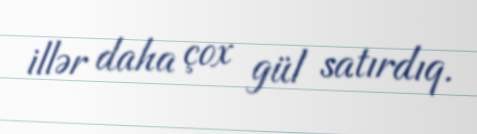
illər daha çox gül satırdıq.